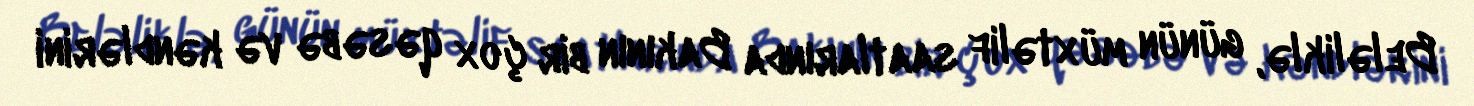
Beləliklə, günün müxtəlif saatlarında Bakının bir çox qəsəbə və kəndlərini